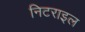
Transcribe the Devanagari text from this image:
निटराइल